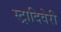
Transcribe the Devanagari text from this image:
स्ट्रादिवेरी